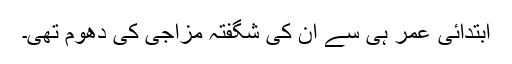
ابتدائی عمر ہی سے ان کی شگفتہ مزاجی کی دھوم تھی۔